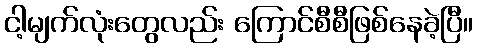
ငါ့မျက်လုံးတွေလည်း ကြောင်စီစီဖြစ်နေခဲ့ပြီ။